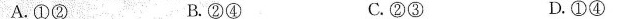
A. ①② B. ②④ C. ②③ D. ①④